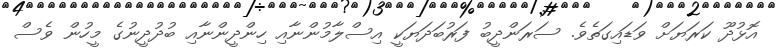
އޮޅުދޫ ކަރަޔަށް ވަޑައިގަތެވެ. ސަރަންދީބު ފަރުބަދަޔަކީ އިސްލާމުންނާއި ހިންދީންނާއި ބުދުދީނުގެ މީހުން ވެސް